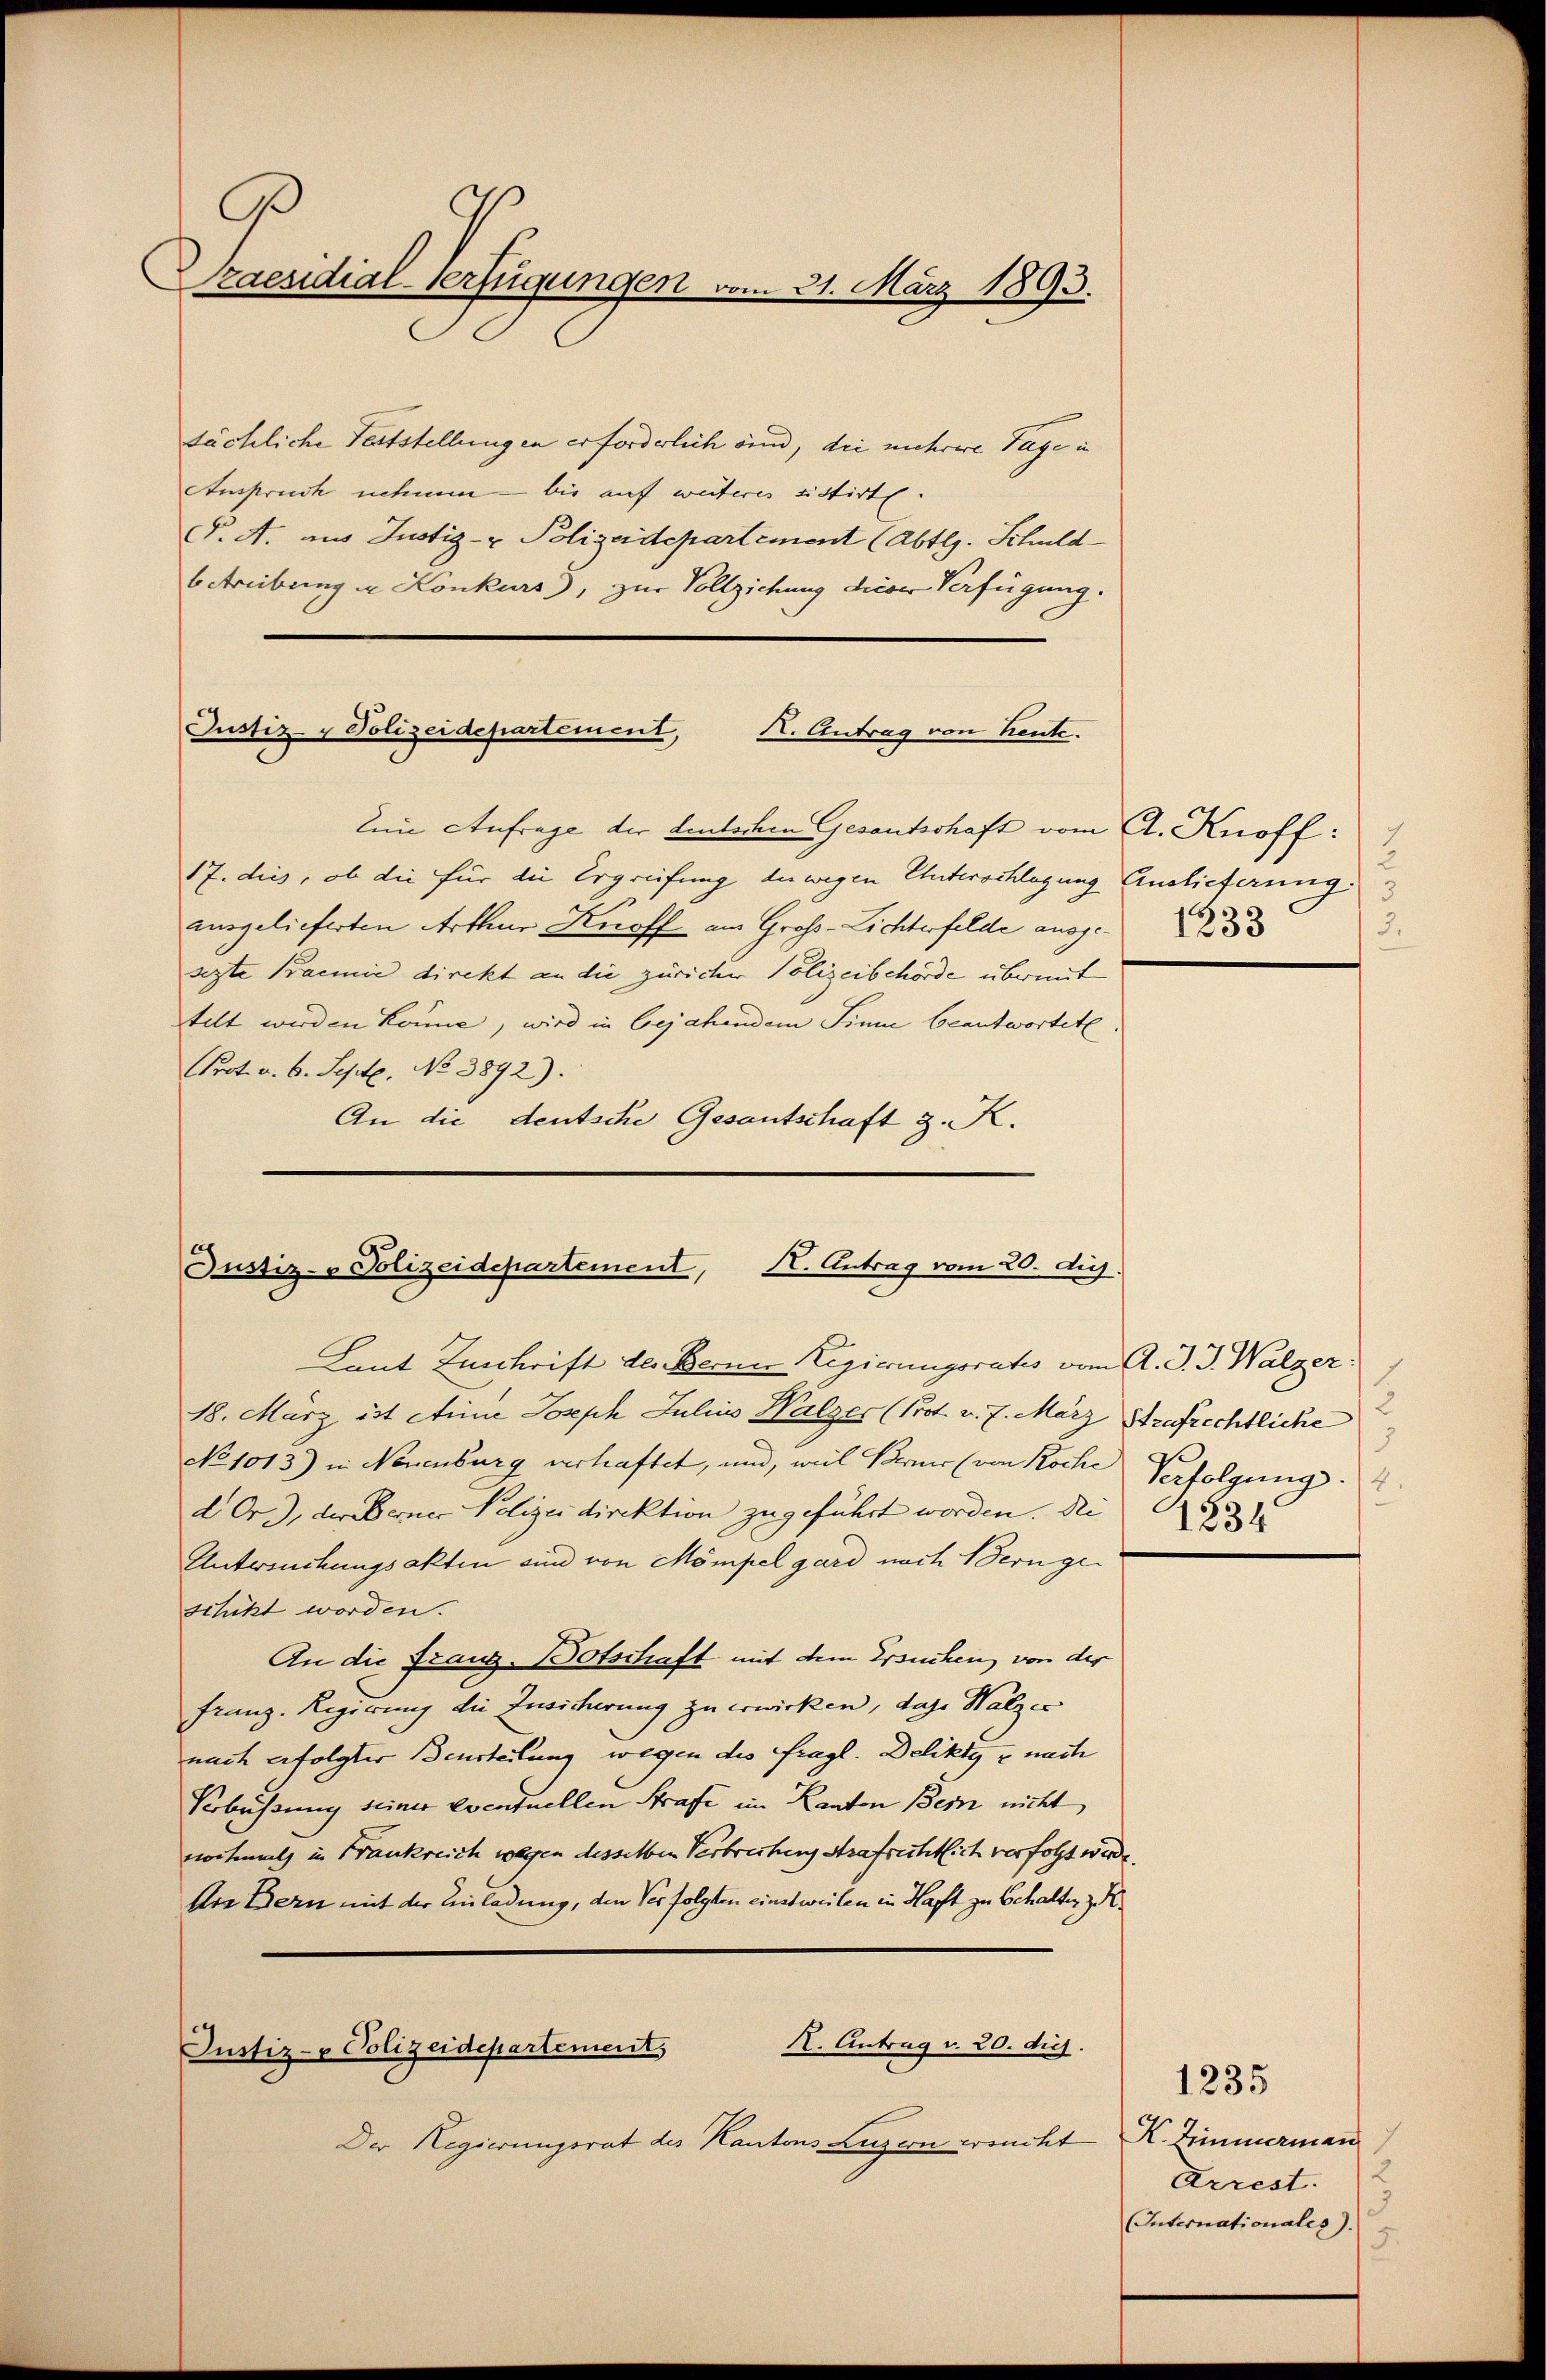
.
Praesidial-Verfügungen vom 31. März 1893.

sächliche Feststellungen erforderlich sind, die mehrere Tage i
Anspruch nehmen – bis auf weiteres sistirte.
C. A. aus Justiz- & Polizeidepartement (Abtlg. Schuld
6 Freibung in Konkurs), zur Vollziehung diese Verfügung.
lein Anfrage der teutschen Gesantschaft vom A. Knoff:
17. dies, ob die für die Ergreifung der wegen Unterschlagung Auslieferung:
ausgelieferten Arthur Kuoff am Gross-Lichterfelde ausge
sezte Bannie direkt an die züricher Polizeibehörde übermit
telt werden könne, wird in bejahendem Sinne beantwortet
Prot. u. 6. Sept. No 3892).
An die deutsche Gesantschaft z. K.

Justiz- & Polizeidepartement, I. Antrag von heute.

K. Antrag vom 20. Aug.
Justiz- & Polizeidepartement,

Laut Zuschrift des Berner Regierungsrates vom A. J. J. Walzer
18. März ist Anna Joseph Julius Walzer (Prot. v. 7. März Strafrechtliche
No 1013) in Neuenburg verhaftet, und, weil Berner (von Koche Verfolgung
dOr.), der Berner Polizeidirektion zugeführt worden. Die 1822
Untersuchungsakten und von Mömpel gard nach Bern geschikt worden.
An die Franz-Botschaft mit dem Ersuchen, von der
Franz. Regierung die Zusicherung zu erwirken, das Walzer
nach erfolgter Beurteilung wegen des fragl. Delikty z nach
Verbüssung seiner eventuellen Strafe im Kanton Bern nicht
nochmal in Frankreich wegen desselben Verbrechung Strafrechtlich verfolgt werde.
Are Bern mit der Einladung, den Verfolgten einstweilen in Haft zu behalten z
X. Antrag u. 20. dich.
Justiz- & Polizeidepartement,
Der Regierungsrat des Kantons Luzern princkt R. Zimmerman

3
2.

3

2
Arrest.
Internationales).
5.

1235